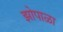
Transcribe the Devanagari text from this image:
झोपाळा